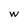
Character: w